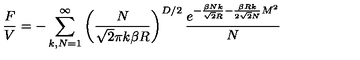
\frac { F } { V } = - \sum _ { k , N = 1 } ^ { \infty } \left( \frac { N } { \sqrt { 2 } \pi k \beta R } \right) ^ { D / 2 } \frac { e ^ { - \frac { \beta N k } { \sqrt { 2 } R } - \frac { \beta R k } { 2 \sqrt { 2 } N } M ^ { 2 } } } { N }